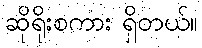
ဆိုရိုးစကား ရှိတယ်။